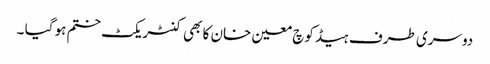
دوسری طرف ہیڈ کوچ معین خان کا بھی کنٹریکٹ ختم ہو گیا ۔